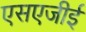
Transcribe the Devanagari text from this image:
एसएजीई